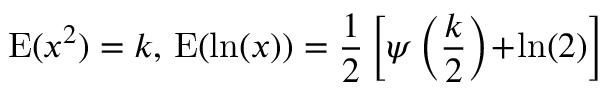
\operatorname { E } ( x ^ { 2 } ) = k , \, \operatorname { E } ( \ln ( x ) ) = { \frac { 1 } { 2 } } \left[ \psi \left( { \frac { k } { 2 } } \right) \! + \! \ln ( 2 ) \right]